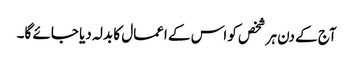
آج کے دن ہر شخص کو اس کے اعمال کا بدلہ دیا جائے گا۔